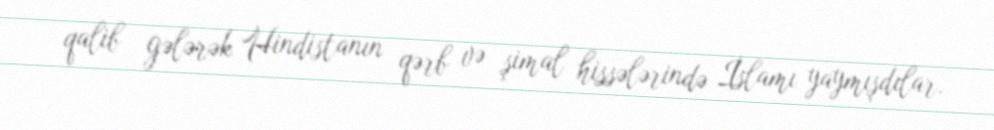
qalib gələrək Hindistanın qərb və şimal hissələrində İslamı yaymışdılar.